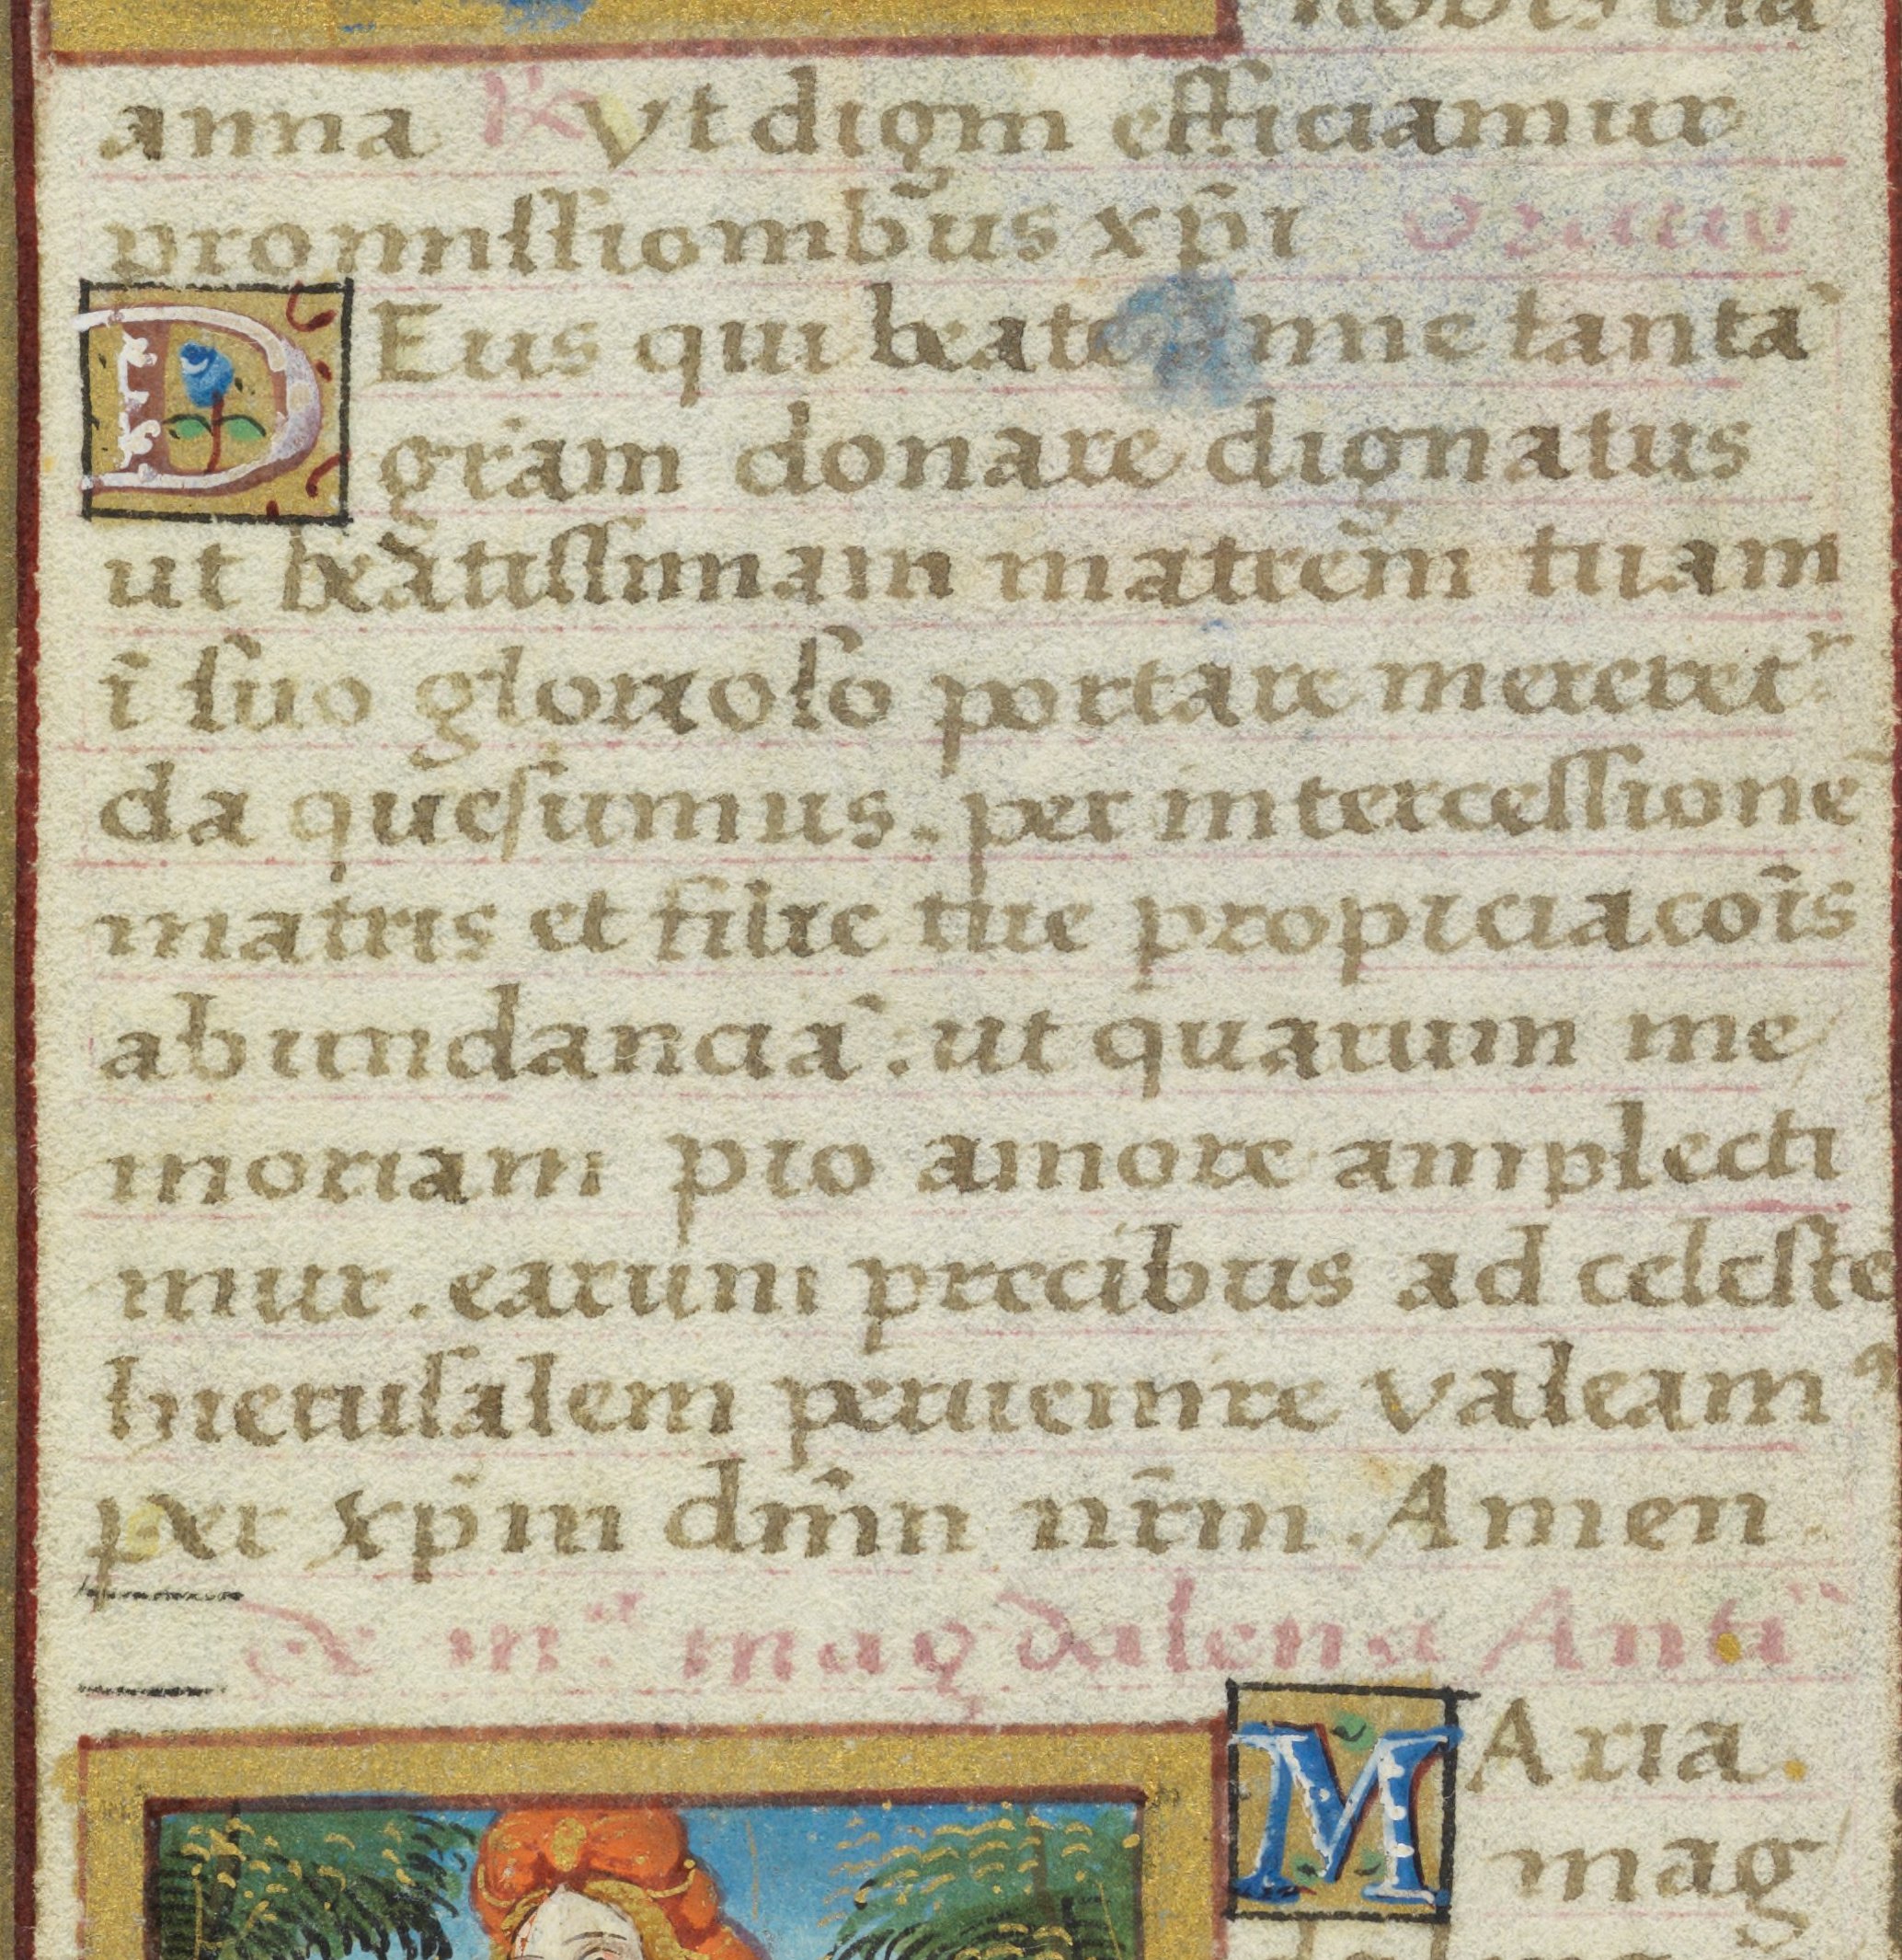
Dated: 1525–1549